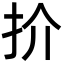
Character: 扴